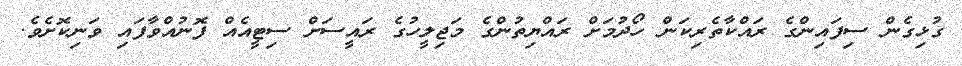
ގުޅިގެން ސިފައިންގެ ރައްކާތެރިކަން ހޯދުމަށް ރައްޔިތުންގެ މަޖިލީހުގެ ރައީސަށް ސިޓީއެއް ފޮނުއްވާފައި ވަނިކޮށެވެ.